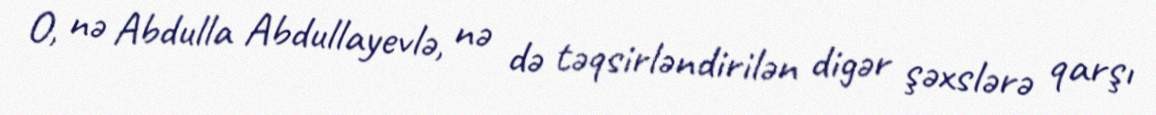
O, nə Abdulla Abdullayevlə, nə də təqsirləndirilən digər şəxslərə qarşı